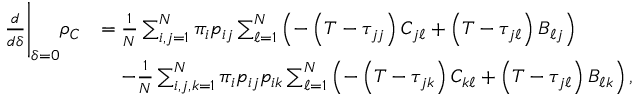
\begin{array} { r l } { \frac { d } { d \delta } \Bigg \vert _ { \delta = 0 } \rho _ { C } } & { = \frac { 1 } { N } \sum _ { i , j = 1 } ^ { N } \pi _ { i } p _ { i j } \sum _ { \ell = 1 } ^ { N } \left( - \left( T - \tau _ { j j } \right) C _ { j \ell } + \left( T - \tau _ { j \ell } \right) B _ { \ell j } \right) } \\ & { \quad - \frac { 1 } { N } \sum _ { i , j , k = 1 } ^ { N } \pi _ { i } p _ { i j } p _ { i k } \sum _ { \ell = 1 } ^ { N } \left( - \left( T - \tau _ { j k } \right) C _ { k \ell } + \left( T - \tau _ { j \ell } \right) B _ { \ell k } \right) , } \end{array}